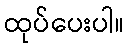
ထုပ်ပေးပါ။